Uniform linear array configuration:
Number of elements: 16
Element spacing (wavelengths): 0.5
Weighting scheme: hann
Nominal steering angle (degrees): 0
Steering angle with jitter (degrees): -1.309
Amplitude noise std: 0.05
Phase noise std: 0.05

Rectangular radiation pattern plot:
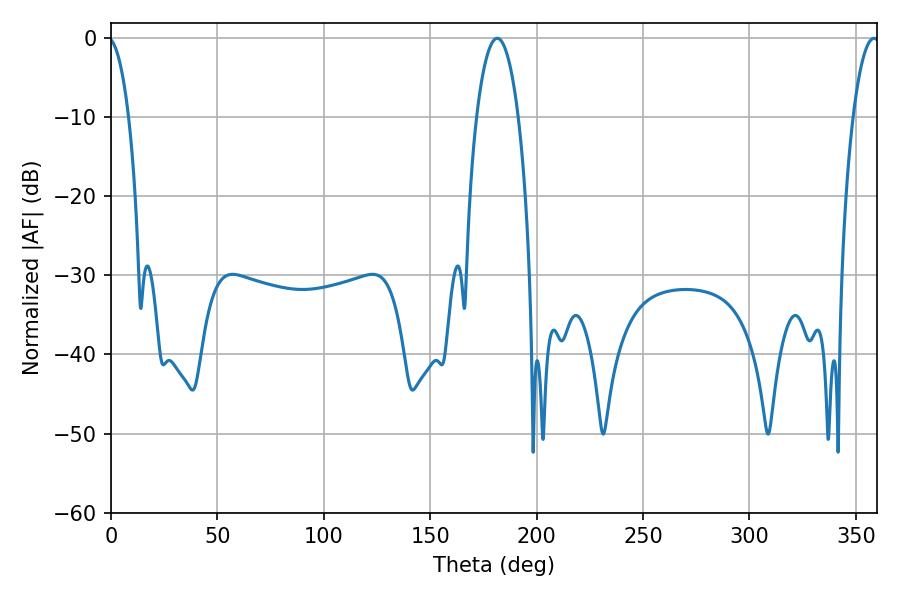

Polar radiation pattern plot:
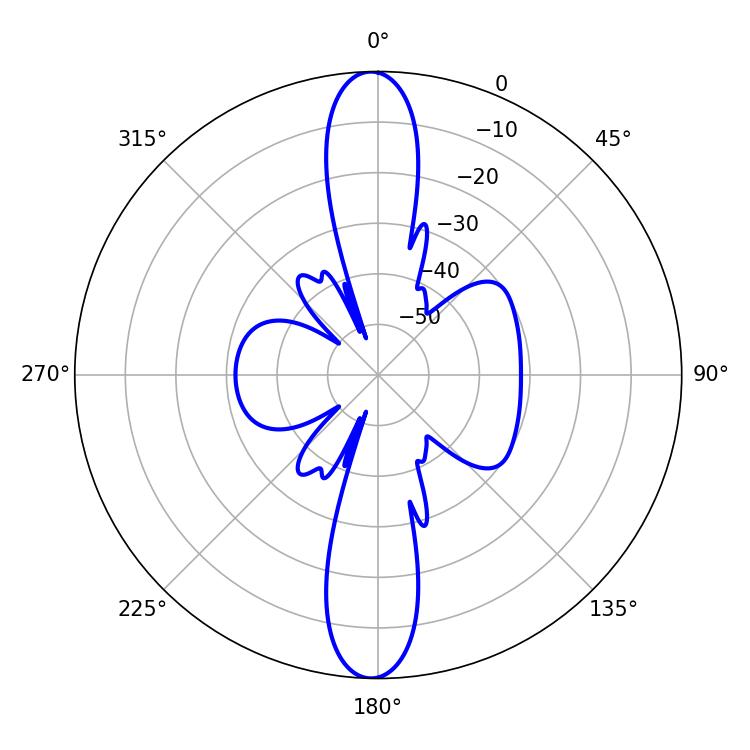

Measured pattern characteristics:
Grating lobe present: FALSE
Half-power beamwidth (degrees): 7.02
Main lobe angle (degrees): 358.56